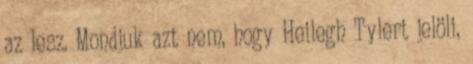
az lesz. Mondjuk azt nem, hogy Heilegh Tylert jelöli,